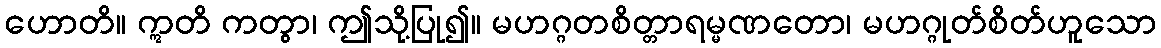
ဟောတိ။ ဣတိ ကတွာ၊ ဤသို့ပြု၍။ မဟဂ္ဂတစိတ္တာရမ္မဏတော၊ မဟဂ္ဂုတ်စိတ်ဟူသော